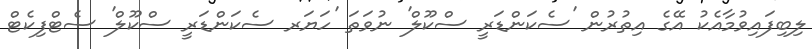
ލިބިފައިވުމާއެކު އޭގެ އިތުރުން 'ސެކަންޑަރީ ސްކޫލް' ނުވަތަ 'ހަޔަރ ސެކަންޑަރީ ސްކޫލް' ސެޓްފިކެޓް